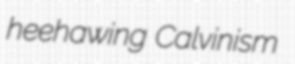
heehawing Calvinism